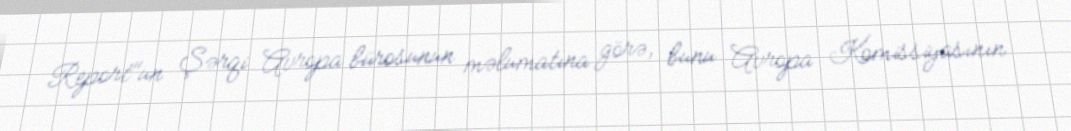
Report"un Şərqi Avropa bürosunun məlumatına görə, bunu Avropa Komissiyasının